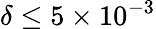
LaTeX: \delta\le 5\times 10^{-3}